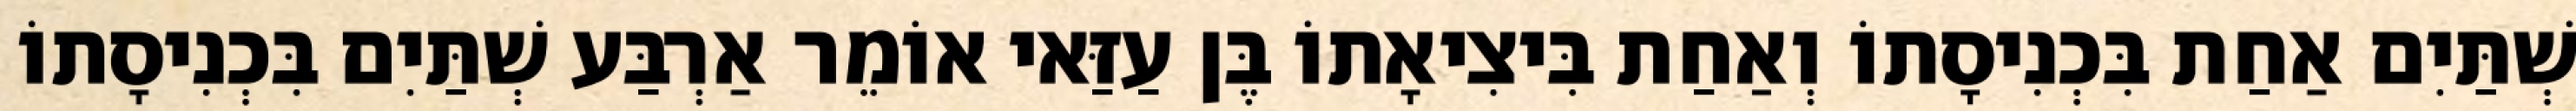
שְׁתַּיִם אַחַת בִּכְנִיסָתוֹ וְאַחַת בִּיצִיאָתוֹ בֶּן עַזַּאי אוֹמֵר אַרְבַּע שְׁתַּיִם בִּכְנִיסָתוֹ